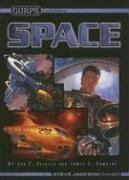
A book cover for GURPS Space Fourth Edition (GURPS: Generic Universal Role Playing System); Jon Zeigler; Science Fiction & Fantasy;